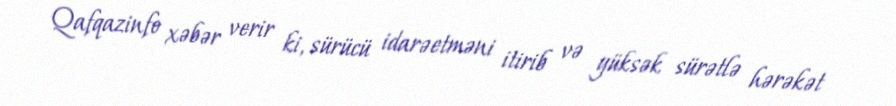
Qafqazinfo xəbər verir ki, sürücü idarəetməni itirib və yüksək sürətlə hərəkət